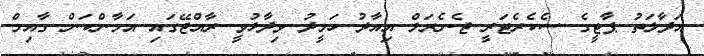
އަދާލަތު ޕާޓީގެ ސެކެރެޓަރީ ޖެނެރަލް އިއާދު ހަމީދު ވިދާޅުވީ ރާއްޖޭގައި އަމާންކަން ގާއިމް